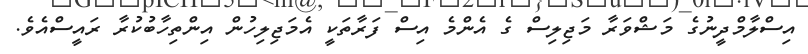
އިސްލާމްދީނުގެ މަޝްވަރާ މަޖިލިސް ގެ އެންމެ އިސް ފަރާތަކީ އެމަޖިލިހުން އިންތިހާބުކުރާ ރައީސްއެވެ.